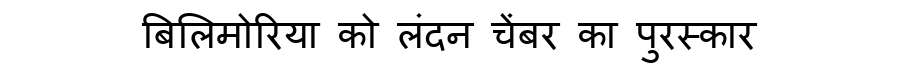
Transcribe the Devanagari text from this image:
बिलिमोरिया को लंदन चेंबर का पुरस्कार